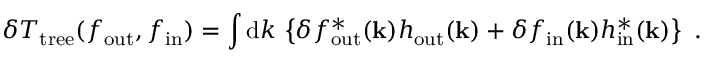
\delta T _ { \mathrm { t r e e } } ( f _ { \mathrm { o u t } } , f _ { \mathrm { i n } } ) = \int \mathrm { d } k \, \left\{ \delta f _ { \mathrm { o u t } } ^ { * } ( { \bf k } ) h _ { \mathrm { o u t } } ( { \bf k } ) + \delta f _ { \mathrm { i n } } ( { \bf k } ) h _ { \mathrm { i n } } ^ { * } ( { \bf k } ) \right\} \ .